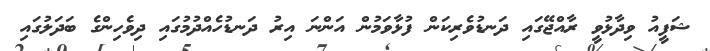
ޝަފީއު ވިދާޅުވީ ރާއްޖޭގައި ދަނޑުވެރިކަން ފުޅާވަމުން އަންނަ އިރު ދަނޑުހެއްދުމުގައި ދިވެހިންގެ ބަދަލުގައި